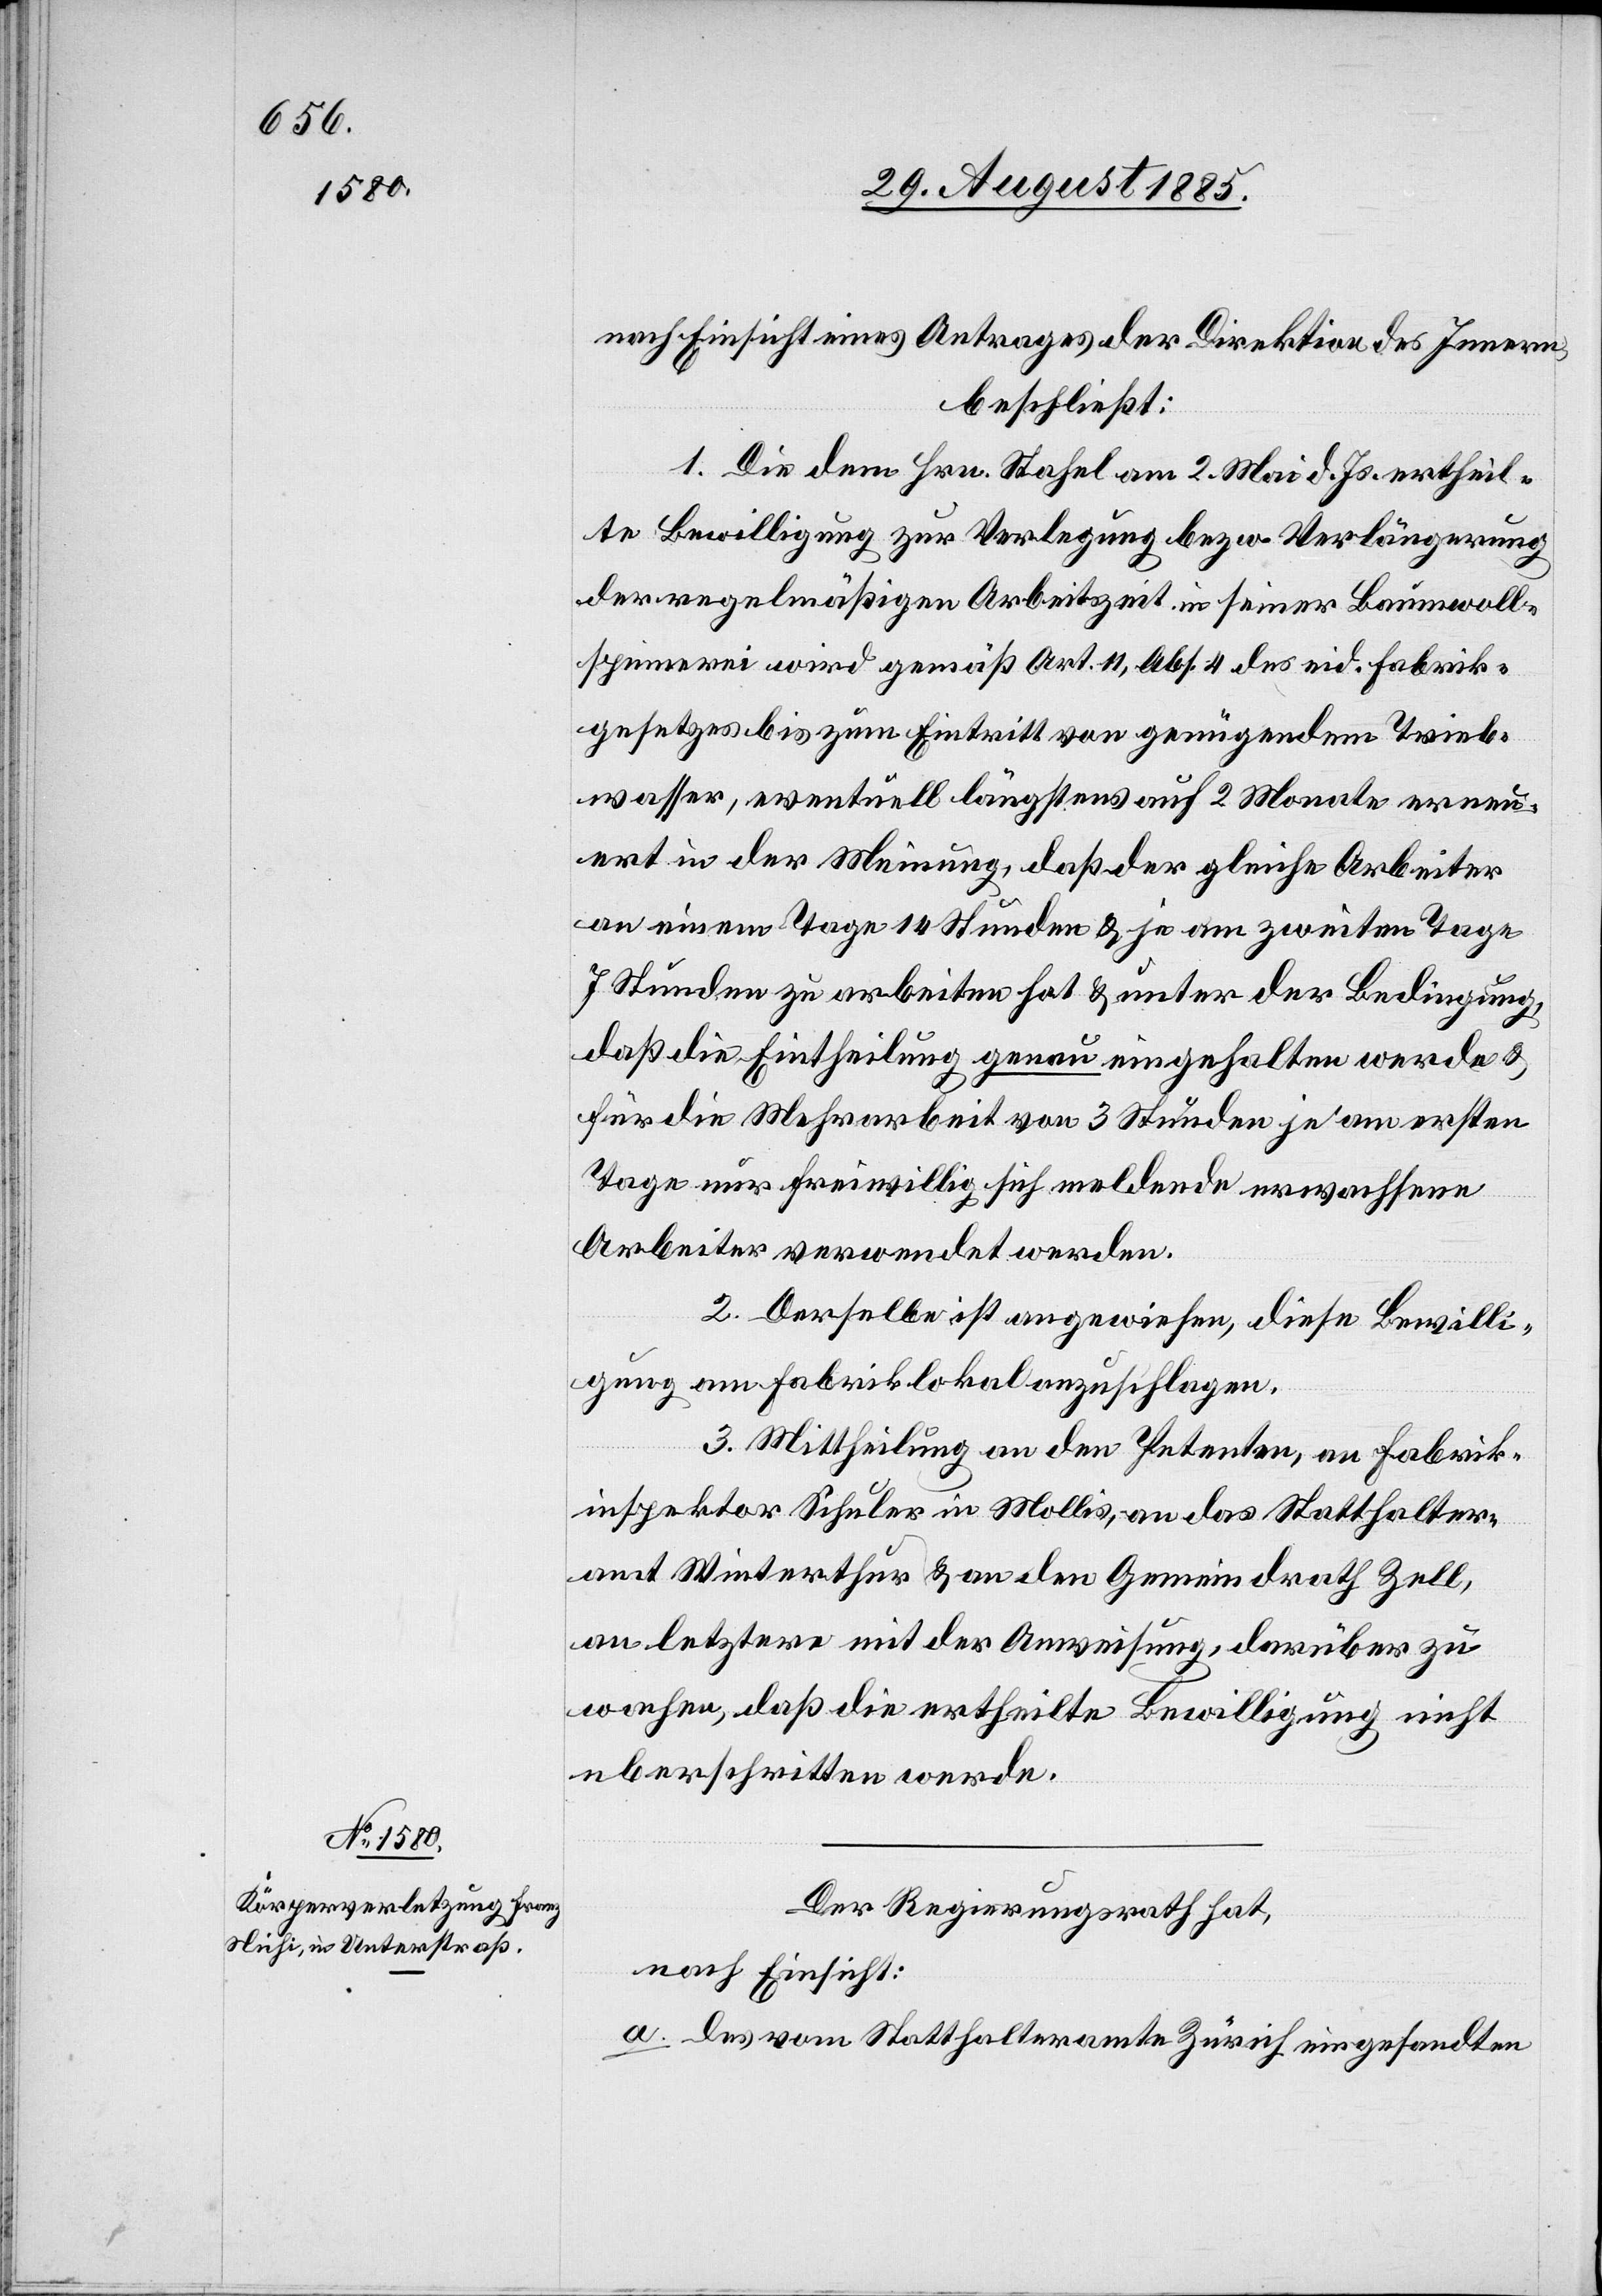
nach Einsicht eines Antrages der Direktion des Innern,
beschließt:
1. Die dem Hrn. Stahel am 2. Mai d. Js. ertheil¬
te Bewilligung zur Verlegung bezw. Verlängerung
der regelmäßigen Arbeitszeit in seiner Baumwoll¬
spinnerei wird gemäß Art. 11, Abs. 4 des eid. Fabrik¬
gesetzes bis zum Eintritt von genügendem Trieb¬
wasser, eventuell längstens auf 2 Monate erneu¬
ert in der Meinung, daß der gleiche Arbeiter
an einem Tage 14 Stunden & je am zweiten Tage
7 Stunden zu arbeiten hat & unter der Bedingung,
daß die Eintheilung genau eingehalten werde &
für die Mehrarbeit von 3 Stunden je am ersten
Tage nur freiwillig sich meldende erwachsene
Arbeiter verwendet werden.
2. Derselbe ist angewiesen, diese Bewilli¬
gung am Fabriklokal anzuschlagen.
3. Mittheilung an den Petenten, an Fabrik¬
inspektor Schuler in Mollis, an das Statthalter¬
amt Winterthur & an den Gemeindrath Zell,
an letztere mit der Anweisung, darüber zu
wachen, daß die ertheilte Bewilligung nicht
überschritten werde.
Der Regierungsrath hat,
nach Einsicht:
a. des vom Statthalteramte Zürich eingesandten